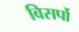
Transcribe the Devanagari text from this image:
विसर्पो